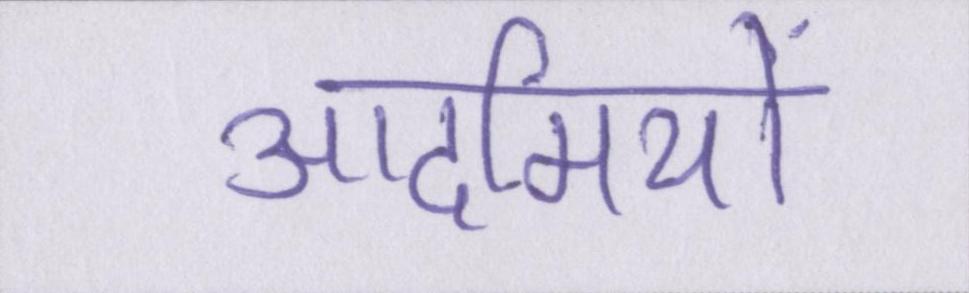
आदमियों